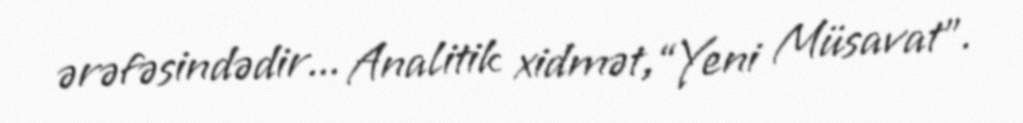
ərəfəsindədir... Analitik xidmət,“Yeni Müsavat”.